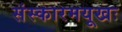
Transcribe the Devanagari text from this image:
संस्कारमयूखः